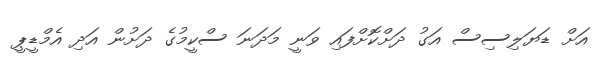
އަށް ޑަޔަލިސިސް އަގު ދަށްކޮށްފައި ވަނީ މަދަނަ ސްކީމުގެ ދަށުން އަދި އެމްޑީޕީ